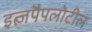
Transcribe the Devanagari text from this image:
इत्ज़पैपलोटील